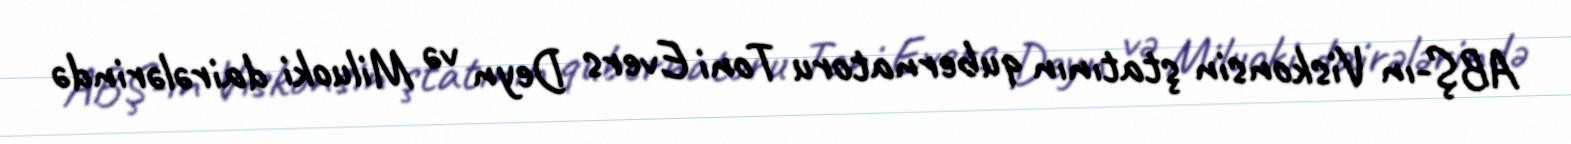
ABŞ-ın Viskonsin ştatının qubernatoru Toni Evers Deyn və Miluoki dairələrində